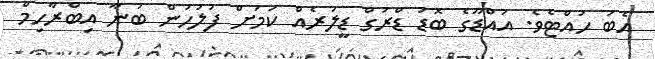
އެބަ ހުއްޓެވެ. އައްޑޫގެ ބޮޑު ޑްރަގް ޑީލަރެއް ކަމަށް ފުލުހުން ބުނާ އިބްރާހިމް